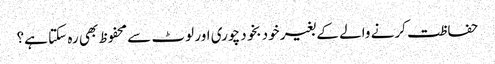
حفاظت کرنے والے کے بغیر خود بخود چوری اور لوٹ سے محفوظ بھی رہ سکتا ہے؟